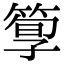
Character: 箰